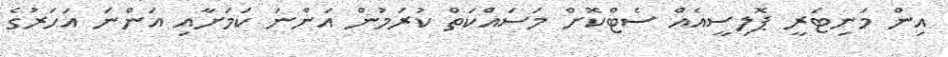
އިން މަނިޓަރީ ޕޮލިސީއެއް ސެޓްކޮށް މަސައްކަތް ކުރަމުން އަންނަ ކަމަށާއި އަންނަ އަހަރުގެ